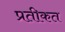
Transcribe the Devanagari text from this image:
प्रतीकत